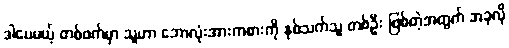
ဒါပေမယ့် တစ်ဖက်မှာ သူဟာ ဘောလုံးအားကစားကို နှစ်သက်သူ တစ်ဦး ဖြစ်တဲ့အတွက် အခုလို